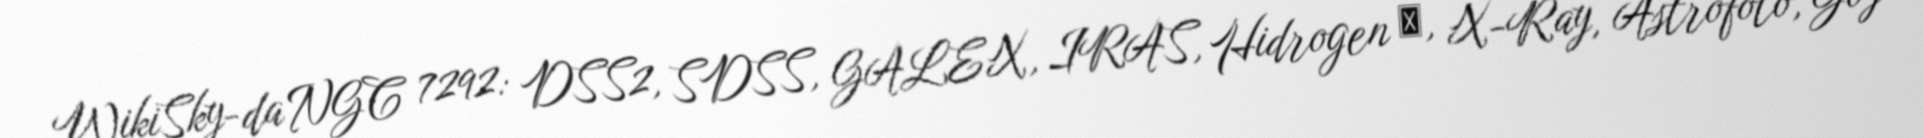
WikiSky-da NGC 7292: DSS2, SDSS, GALEX, IRAS, Hidrogen α, X-Ray, Astrofoto, Göy